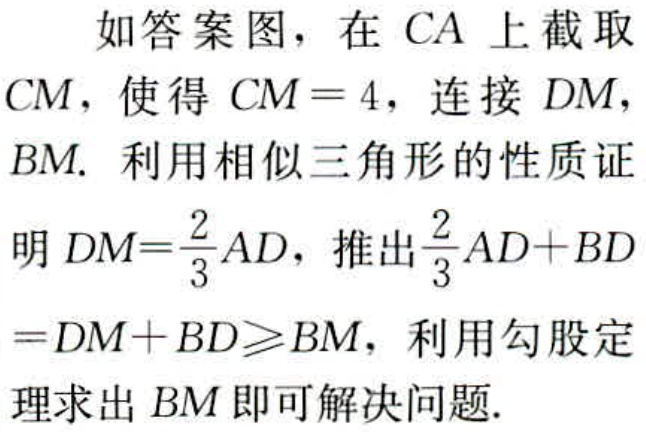
如答案图，在 \(CA\) 上截取 \(CM\)，使得 \(CM = 4\)，连接 \(DM\)，\(BM\). 利用相似三角形的性质证明 \(DM=\frac{2}{3}AD\)，推出\(\frac{2}{3}AD + BD=DM + BD\geqslant BM\)，利用勾股定理求出 \(BM\) 即可解决问题.